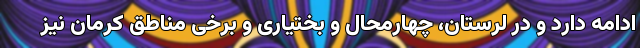
ادامه دارد و در لرستان، چهارمحال و بختیاری و برخی مناطق کرمان نیز